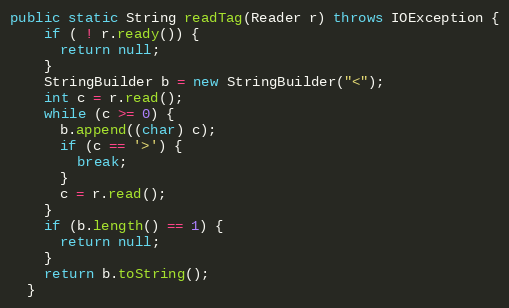
Language: Java
public static String readTag(Reader r) throws IOException {
    if ( ! r.ready()) {
      return null;
    }
    StringBuilder b = new StringBuilder("<");
    int c = r.read();
    while (c >= 0) {
      b.append((char) c);
      if (c == '>') {
        break;
      }
      c = r.read();
    }
    if (b.length() == 1) {
      return null;
    }
    return b.toString();
  }